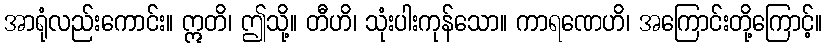
အာရုံလည်းကောင်း။ ဣတိ၊ ဤသို့။ တီဟိ၊ သုံးပါးကုန်သော။ ကာရဏေဟိ၊ အကြောင်းတို့ကြောင့်။